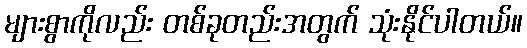
များစွာကိုလည်း တစ်ခုတည်းအတွက် သုံးနိုင်ပါတယ်။